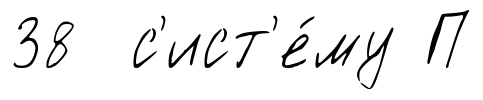
38 с'ист'е́му П